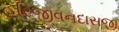
હરિજીવનદાસજી